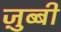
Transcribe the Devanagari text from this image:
ज़ुब्बी